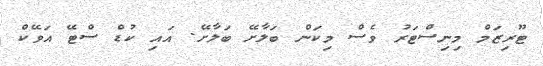
ޓޫރިޒަމް މިނިސްޓަރު ވެސް މިކަން ބަލާށޭ ބަލާށޭ. އައި ކުޑް ސްޓޭ އަވޭކް